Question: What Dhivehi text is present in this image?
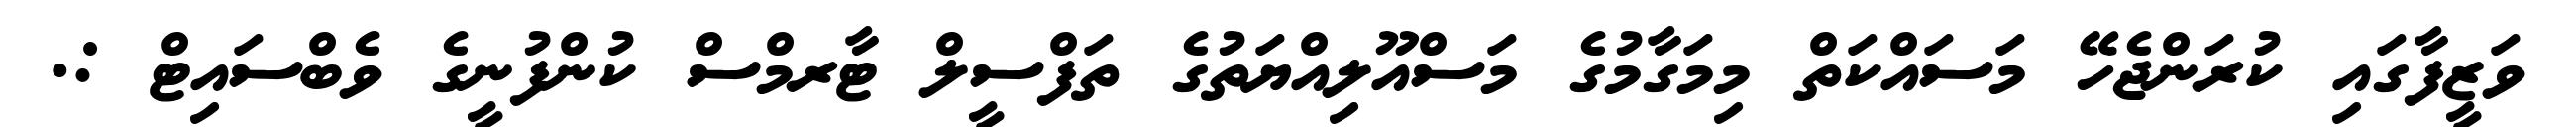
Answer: ވަޒީފާގައި ކުރަންޖެހޭ މަސައްކަތް މިމަގާމުގެ މަސްއޫލިއްޔަތުގެ ތަފްސީލް ޓާރމްސް ކުންފުނީގެ ވެބްސައިޓް :.